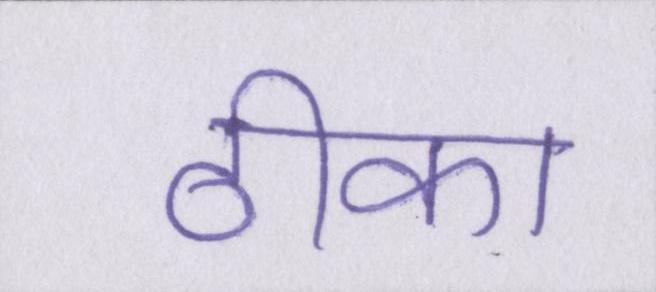
ठीका